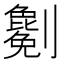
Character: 𠠤